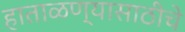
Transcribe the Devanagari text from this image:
हाताळण्यासाठीचे